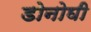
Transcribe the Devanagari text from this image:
डोनोघी